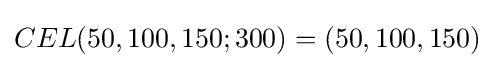
CEL(50,100,150;300)=(50,100,150)